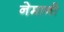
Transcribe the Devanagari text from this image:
नेमानी